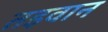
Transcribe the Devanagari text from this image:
तइवान